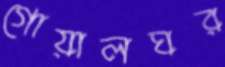
গোয়ালঘর